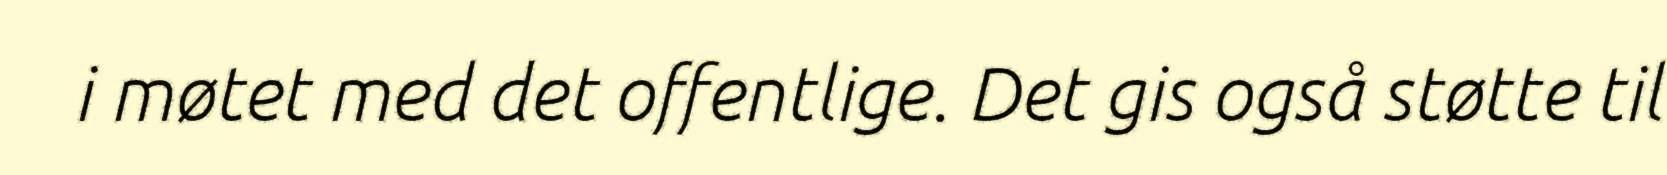
i møtet med det offentlige. Det gis også støtte til